Indian journal of veterinary science and animal husbandry - Volumes 18-21, 1948-1951
Year: 1948
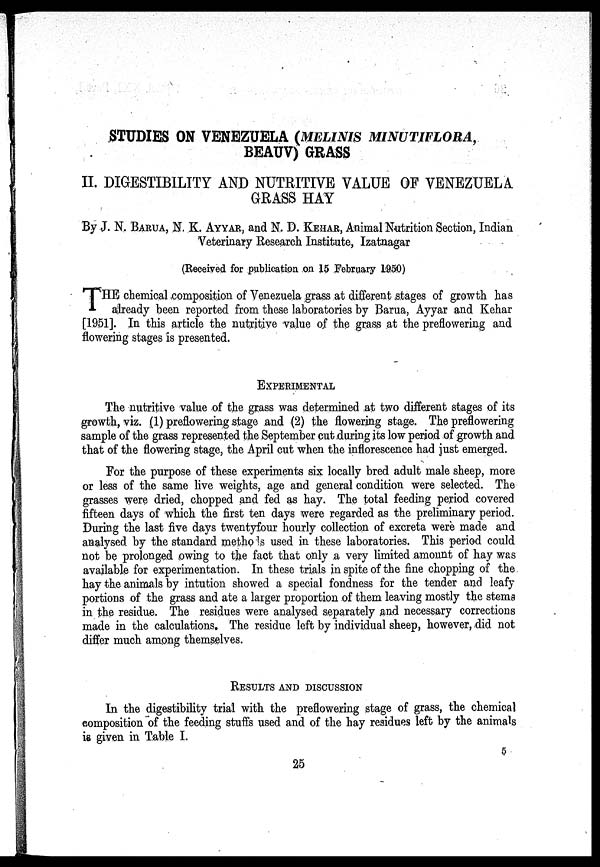
STUDIES ON VENEZUELA (MELINIS MINUTIFLORA,
BEAUV) GRASS
II. DIGESTIBILITY AND NUTRITIVE VALUE OF VENEZUELA
GRASS HAY
By J. N. BARUA, N. K. AYYAR, and N. D. KEHAR, Animal Nutrition Section, Indian
Veterinary Research Institute, Izatnagar
(Received for publication on 15 February 1950)
THE chemical composition of Venezuela grass at different stages of growth has
already been reported from these laboratories by Barua, Ayyar and Kehar
[1951]. In this article the nutritive value of the grass at the preflowering and
flowering stages is presented.
EXPERIMENTAL
The nutritive value of the grass was determined at two different stages of its
growth, viz. (1) preflowering stage and (2) the flowering stage. The preflowering
sample of the grass represented the September cut during its low period of growth and
that of the flowering stage, the April cut when the inflorescence had just emerged.
For the purpose of these experiments six locally bred adult male sheep, more
or less of the same live weights, age and general condition were selected. The
grasses were dried, chopped and fed as hay. The total feeding period covered
fifteen days of which the first ten days were regarded as the preliminary period.
During the last five days twentyfour hourly collection of excreta were made and
analysed by the standard methods used in these laboratories. This period could
not be prolonged owing to the fact that only a very limited amount of hay was
available for experimentation. In these trials in spite of the fine chopping of the
hay the animals by intution showed a special fondness for the tender and leafy
portions of the grass and ate a larger proportion of them leaving mostly the stems
in the residue. The residues were analysed separately and necessary corrections
made in the calculations. The residue left by individual sheep, however, did not
differ much among themselves.
RESULTS AND DISCUSSION
In the digestibility trial with the preflowering stage of grass, the chemical
composition of the feeding stuffs used and of the hay residues left by the animals
is given in Table I.
5
25